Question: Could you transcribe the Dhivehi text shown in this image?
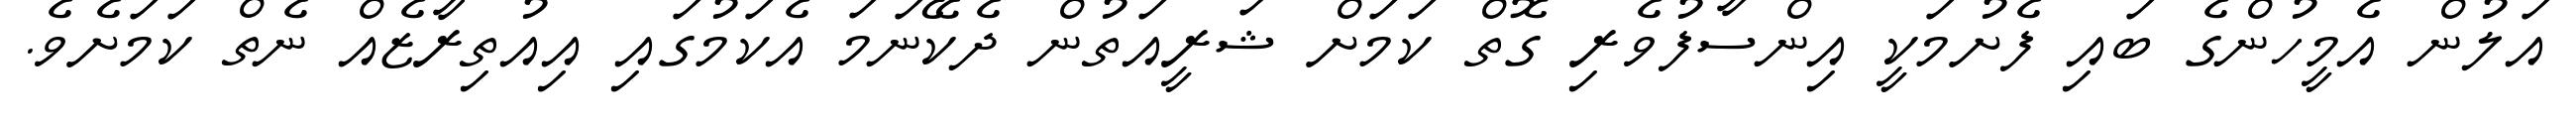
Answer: އަލުން އެމީހުންގެ ބައި ފެށުމަކީ އިންސާފުވެރި ގޮތް ކަމަށް ޝަރީއަތުން ދެކޭނަމަ އެކަމުގައި އިއުތިރާޒެއް ނެތް ކަމަށެވެ.